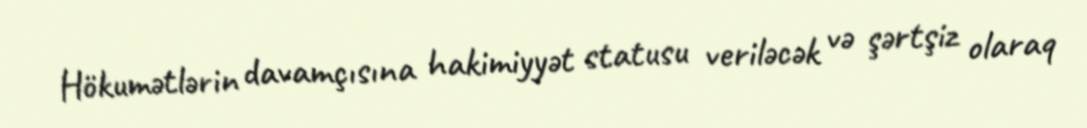
Hökumətlərin davamçısına hakimiyyət statusu veriləcək və şərtşiz olaraq